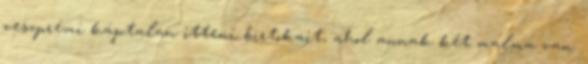
veszprémi káptalan itteni birtokait, ahol annak két malma van.